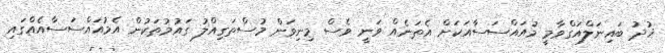
ޚުދު ބައިނަލްއަގްވާމީ މުއައްސަސާއަކަށް އެތަނެއް ވަނީ ވެސް މިނިވަން މުސްތަގިއްލު ގައުމުތަކުން އެމުއައްސަސާއެއްގައި